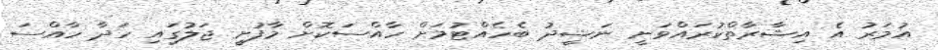
އުމަރު އެ އިޝާރާތްކުރައްވަނީ ނަޝީދު ބެހެއްޓުމަށް ހާއްސަކޮށް މާފުށީ ޖަލުގައި ހަދާ ހާއްސަ